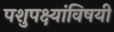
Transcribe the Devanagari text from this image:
पशुपक्ष्यांविषयी